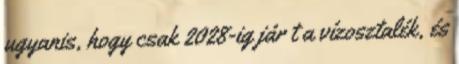
ugyanis, hogy csak 2028-ig jár t a vízosztalék, és